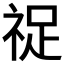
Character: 𬒺